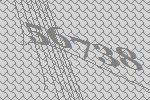
56738